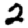
Digit: 2